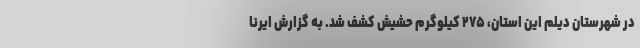
در شهرستان دیلم این استان، ۲۷۵ کیلوگرم حشیش کشف شد. به گزارش ایرنا